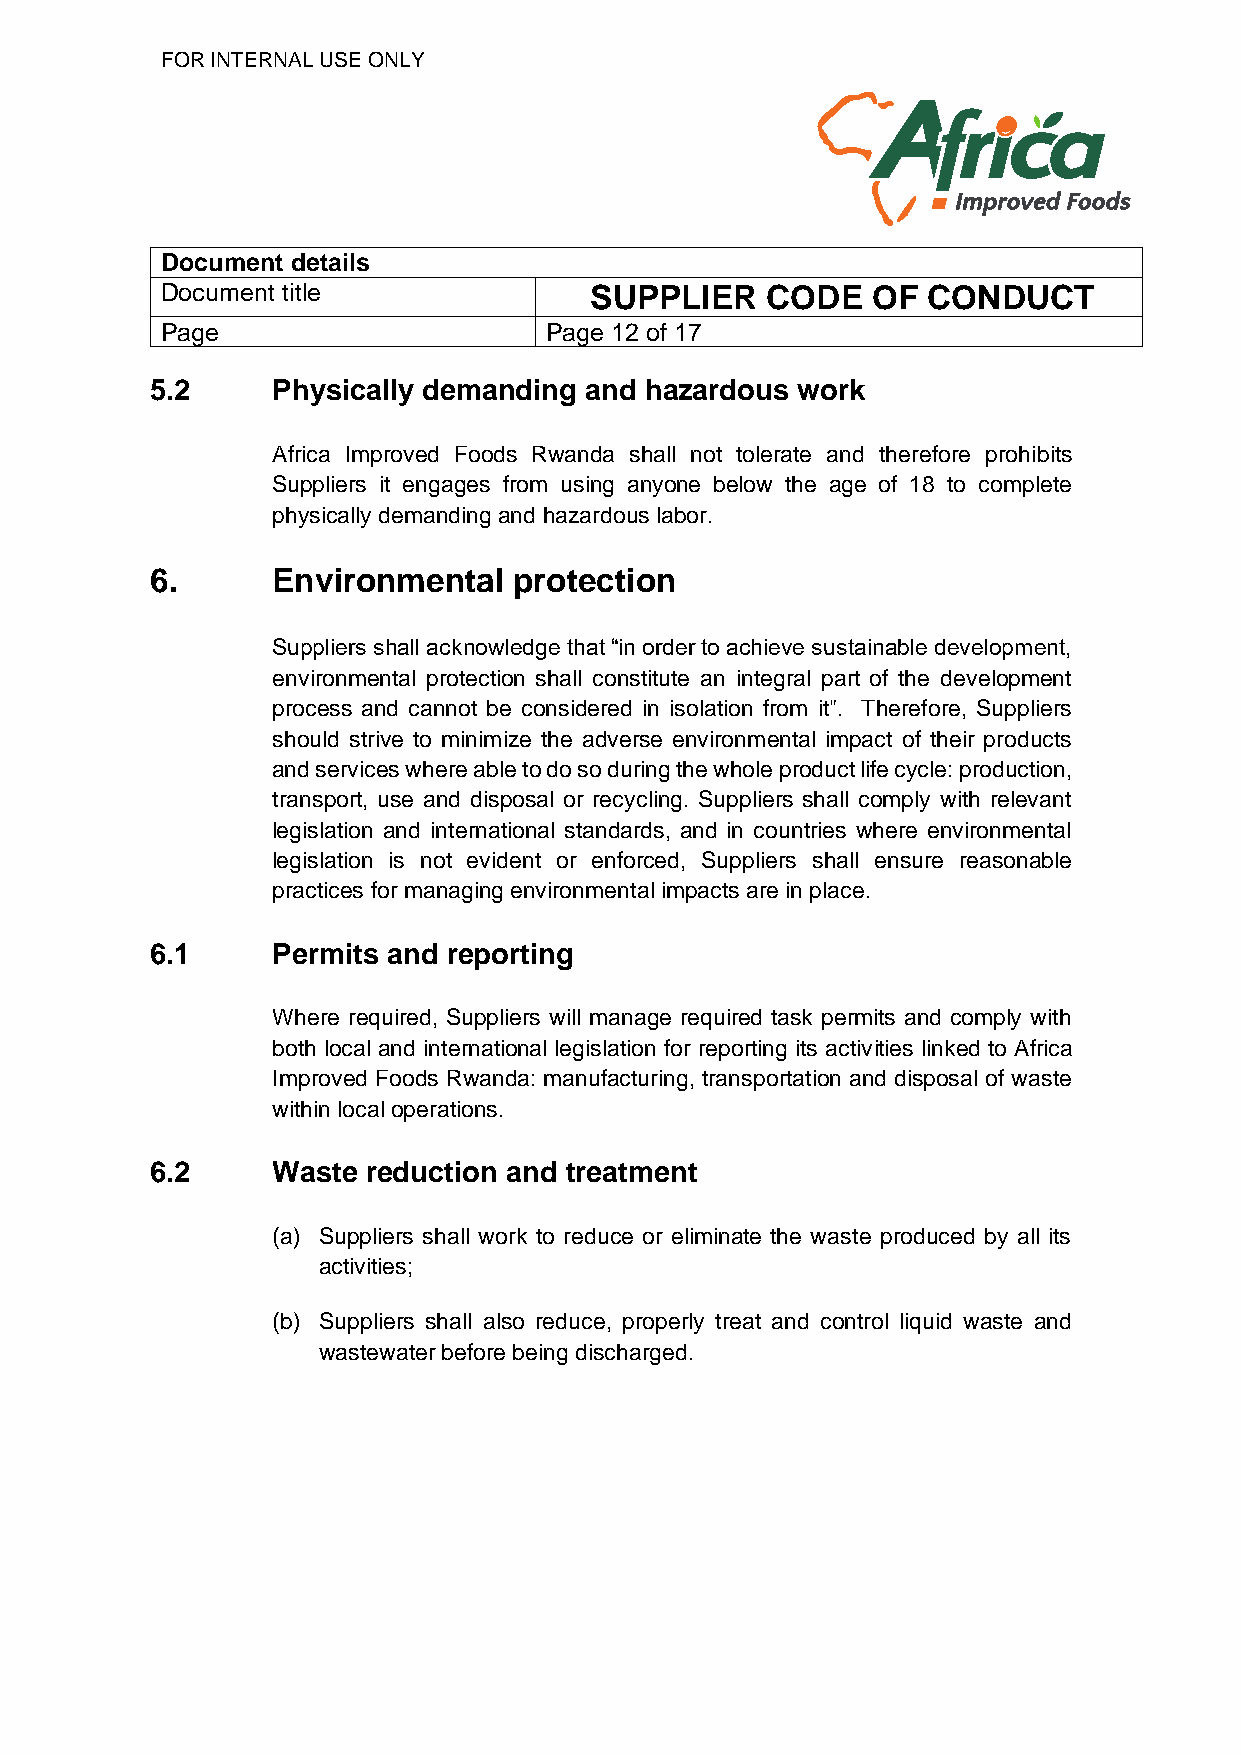
FOR INTERNAL USE ONLY
 Document details
 Document title              SUPPLIER    CODE   OF CONDUCT
 Page                     Page 12 of 17
 5.2     Physically demanding and hazardous work
 Africa Improved Foods Rwanda shall not tolerate and therefore prohibits
 Suppliers it engages from using anyone below the age of 18 to complete
 physically demanding and hazardous labor.
 6.      Environmental   protection
 Suppliers shall acknowledge that “in order to achieve sustainable development,
 environmental protection shall constitute an integral part of the development
 process and cannot be considered in isolation from it". Therefore, Suppliers
 should strive to minimize the adverse environmental impact of their products
 and services where able to do so during the whole product life cycle: production,
 transport, use and disposal or recycling. Suppliers shall comply with relevant
 legislation and international standards, and in countries where environmental
 legislation is not evident or enforced, Suppliers shall ensure reasonable
 practices for managing environmental impacts are in place.
 6.1     Permits and reporting
 Where required, Suppliers will manage required task permits and comply with
 both local and international legislation for reporting its activities linked to Africa
 Improved Foods Rwanda: manufacturing, transportation and disposal of waste
 within local operations.
 6.2     Waste reduction and treatment
 (a) Suppliers shall work to reduce or eliminate the waste produced by all its
 activities;
 (b) Suppliers shall also reduce, properly treat and control liquid waste and
 wastewater before being discharged.